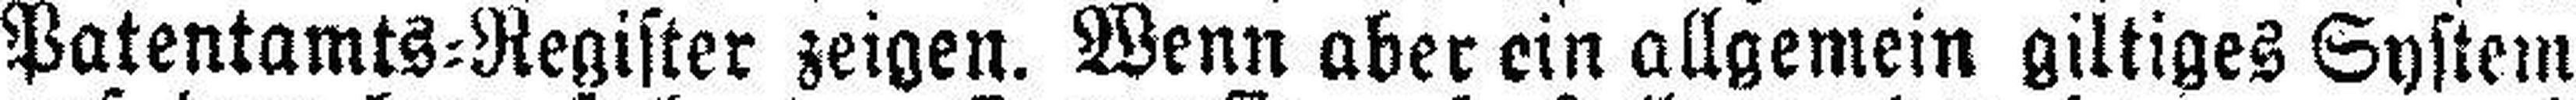
Patentamts=Register zeigen. Wenn aber ein allgemein giltiges System